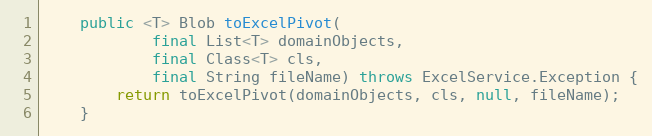
Language: Java
    public <T> Blob toExcelPivot(
            final List<T> domainObjects,
            final Class<T> cls,
            final String fileName) throws ExcelService.Exception {
        return toExcelPivot(domainObjects, cls, null, fileName);
    }